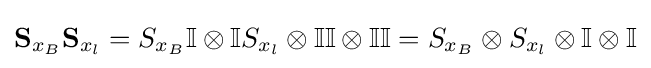
\mathbf {S} _{x_{B}}\mathbf {S} _{x_{l}}=S_{x_{B}}\mathbb {I} \otimes \mathbb {I} S_{x_{l}}\otimes \mathbb {I} \mathbb {I} \otimes \mathbb {I} \mathbb {I} =S_{x_{B}}\otimes S_{x_{l}}\otimes \mathbb {I} \otimes \mathbb {I}